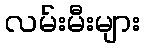
လမ်းမီးများ